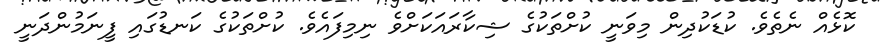
ކޮޅެއް ނެތެވެ. ކުޑަކުދިން މިވަނީ ކުށްތަކުގެ ޝިކާރައަކަށްވެ ނިމިފައެވެ. ކުށްތަކުގެ ކަނޑުގައި ފީނަމުންދަނީ